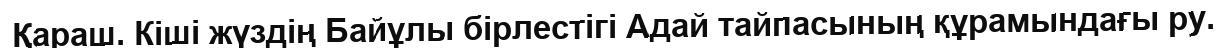
Қараш. Кіші жүздің Байұлы бірлестігі Адай тайпасының құрамындағы ру.